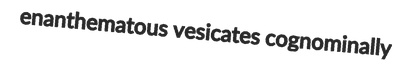
enanthematous vesicates cognominally